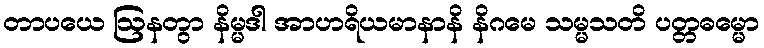
တာပယေ ဩနတွာ နိမ္မဒါ အာဟရိယမာနာနိ နိဂမေ သမ္မသတိ ပတ္တဓမ္မော